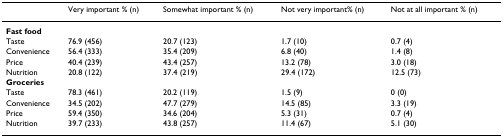
|  | Very important % (n) | Somewhat important % (n) | Not very important% (n) | Not at all important % (n) |
 | --- | --- | --- | --- | --- |
 | Fast food |  |  |  |  |
 | Taste | 76.9 (456) | 20.7 (123) | 1.7 (10) | 0.7 (4) |
 | Convenience | 56.4 (333) | 35.4 (209) | 6.8 (40) | 1.4 (8) |
 | Price | 40.4 (239) | 43.4 (257) | 13.2 (78) | 3.0 (18) |
 | Nutrition | 20.8 (122) | 37.4 (219) | 29.4 (172) | 12.5 (73) |
 | Groceries |  |  |  |  |
 | Taste | 78.3 (461) | 20.2 (119) | 1.5 (9) | 0 (0) |
 | Convenience | 34.5 (202) | 47.7 (279) | 14.5 (85) | 3.3 (19) |
 | Price | 59.4 (350) | 34.6 (204) | 5.3 (31) | 0.7 (4) |
 | Nutrition | 39.7 (233) | 43.8 (257) | 11.4 (67) | 5.1 (30) |